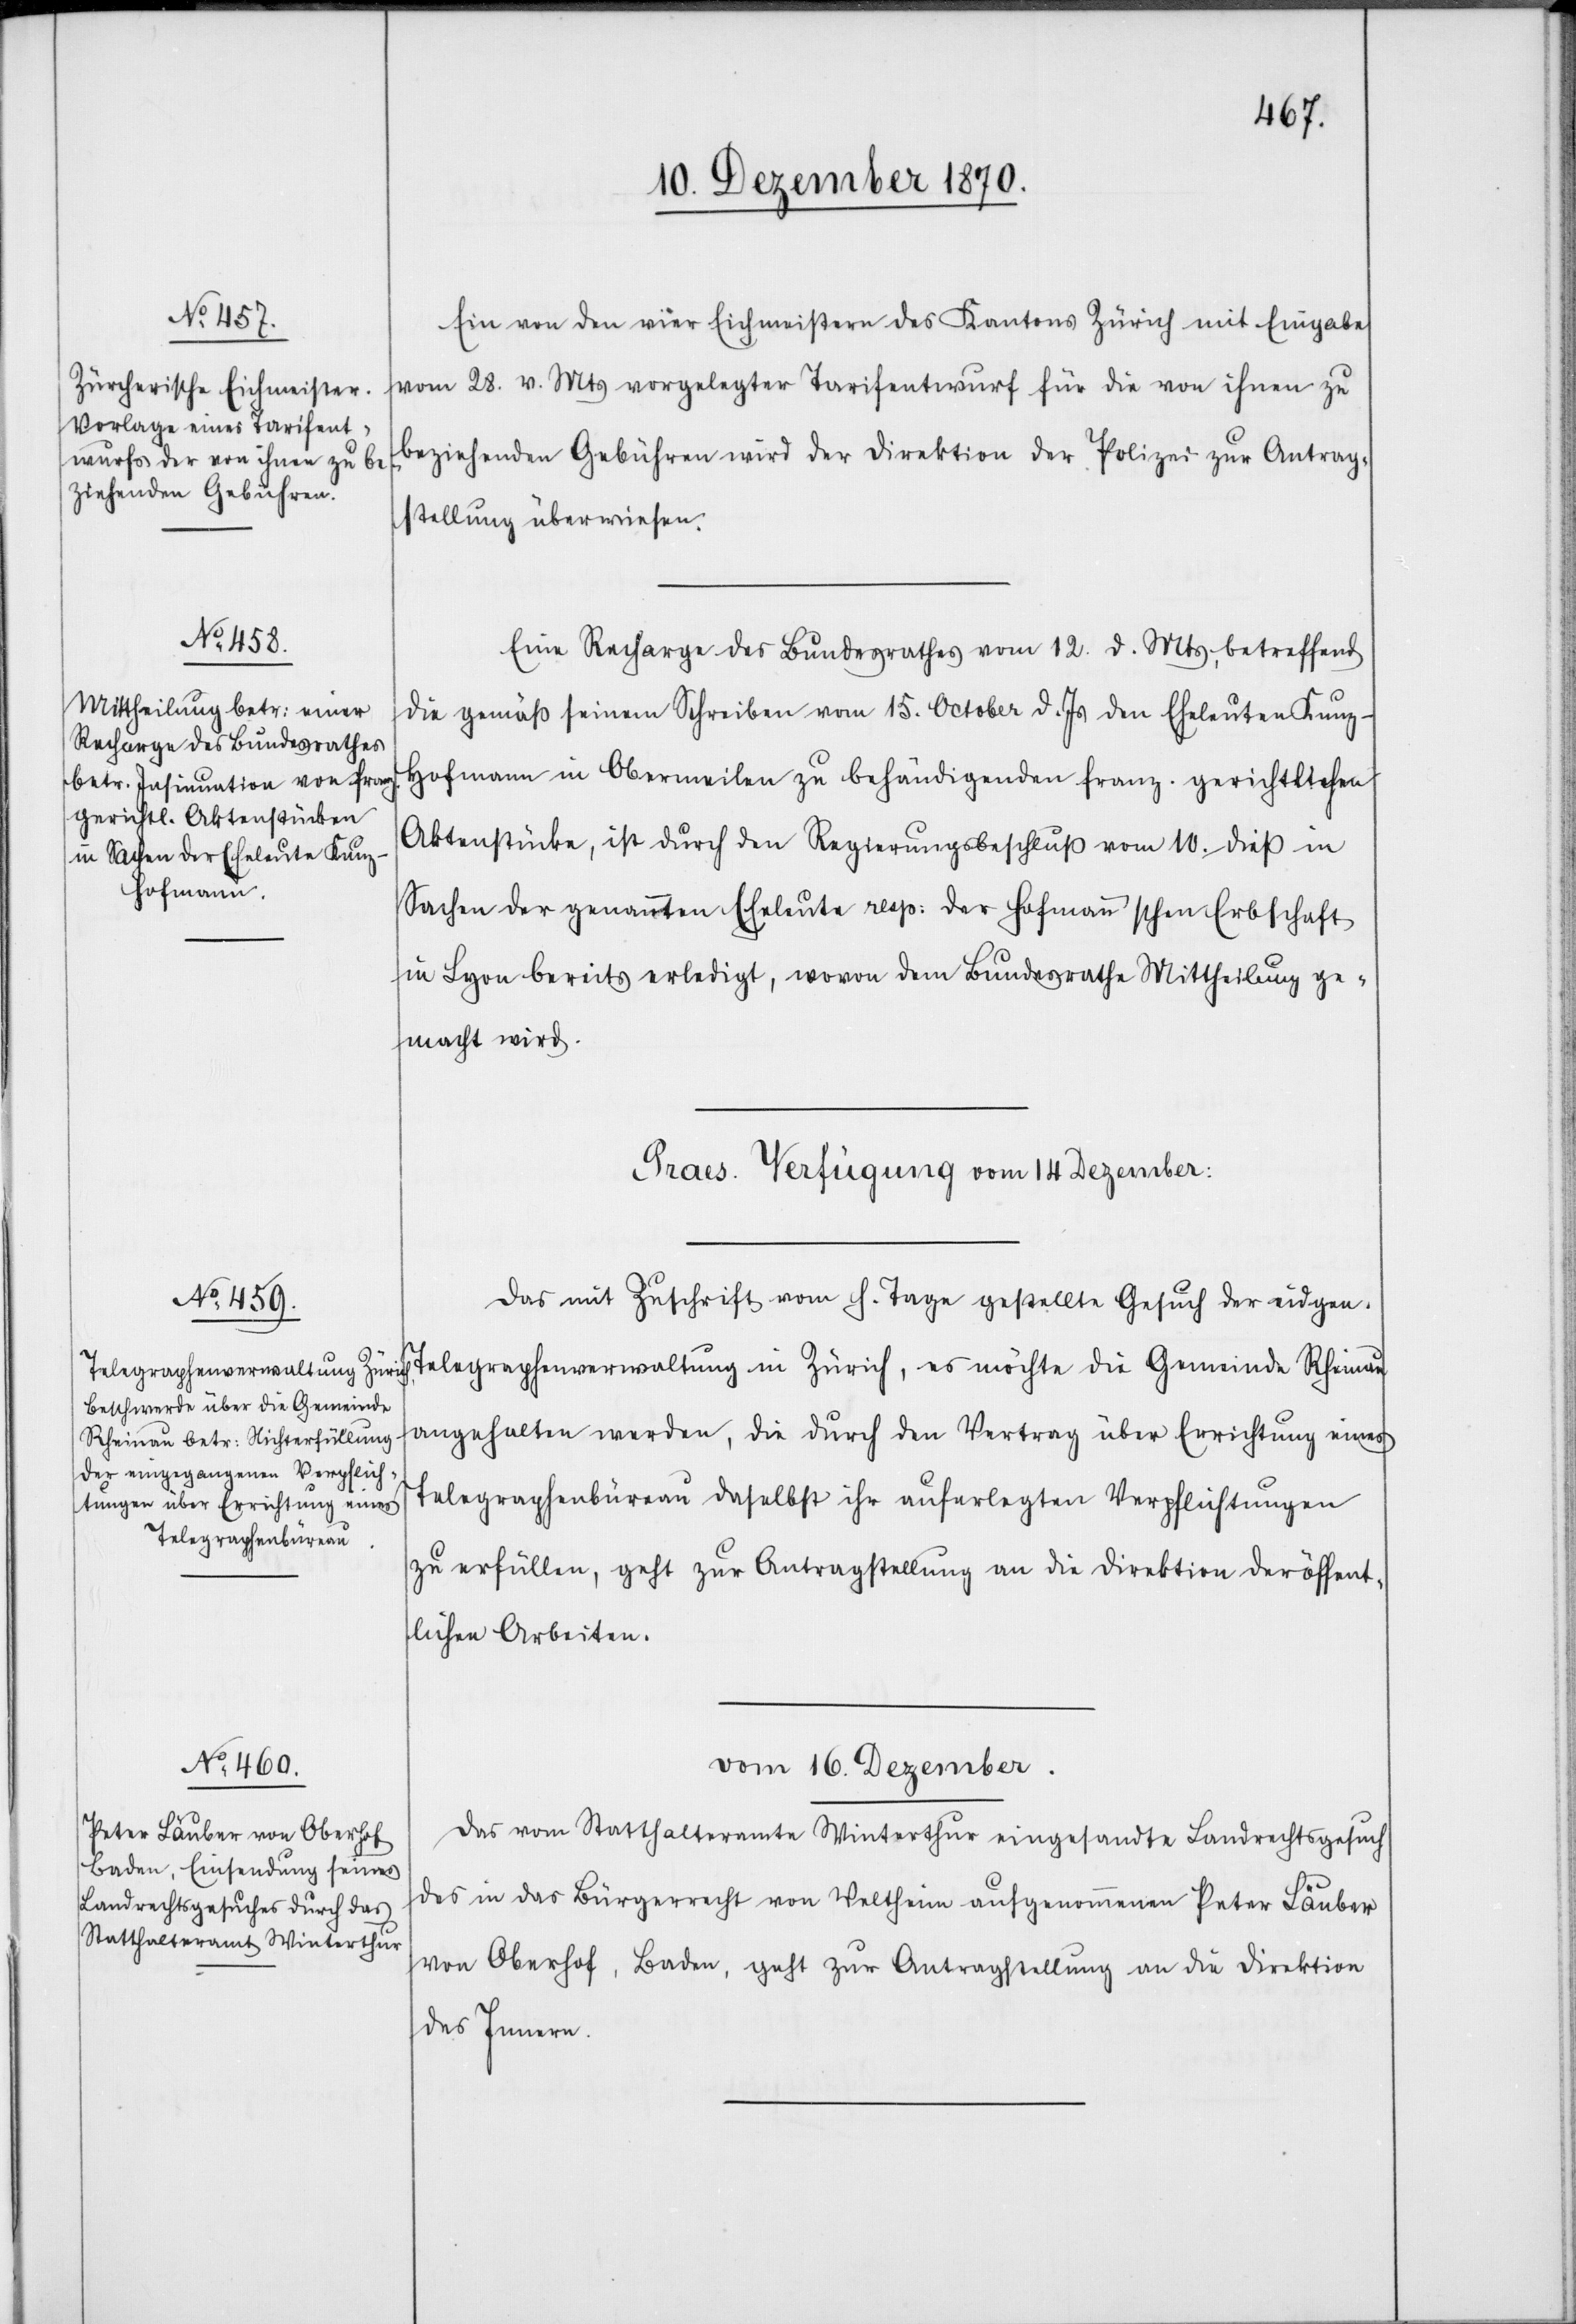
13.

Ein von den vier Eichmeistern des Kantons Zürich mit Eingabe
vom 28. v. Mts vorgelegter Tarifentwurf für die von ihnen zu
beziehenden Gebühren wird der Direktion der Polizei zur Antrag¬
stellung überwiesen.
Eine Recharge des Bundesrathes vom 12. d. Mts, betreffend
die gemäß seinem Schreiben vom 15. October d. Js den Eheleuten Kun¬
z-Hofmann in Obermeilen zu behändigenden franz. gerichtlichen
Aktenstücke, ist durch den Regierungsbeschluß vom 10. dieß in
Sachen der genannten Eheleute resp: der Hofmann’schen Erbschaft
in Lyon bereits erledigt, wovon dem Bundesrathe Mittheilung ge¬
macht wird.
Praes. Verfügung vom 14 Dezember:
Das mit Zuschrift vom h. Tage gestellte Gesuch der eidgen.
Telegraphenverwaltung in Zürich, es möchte die Gemeinde Rheinau
angehalten werden, die durch den Vertrag über Errichtung eines
Telegraphenbüreau daselbst ihr auferlegten Verpflichtungen
zu erfüllen, geht zur Antragstellung an die Direktion der öffent¬
lichen Arbeiten.
vom 16. Dezember.
Das vom Statthalteramte Winterthur eingesandte Landrechtsgesuch
des in das Bürgerrecht von Veltheim aufgenommenen Peter Läuber
von Oberhof, Baden, geht zur Antragstellung an die Direktion
des Innern.